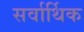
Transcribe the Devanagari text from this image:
सर्वार्थिक